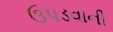
ઉપડવાની